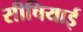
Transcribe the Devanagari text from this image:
सीचियाई